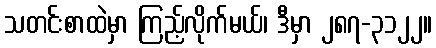
သတင်းစာထဲမှာ ကြည့်လိုက်မယ်၊ ဒီမှာ ၂၈၇-၃၁၂၂။